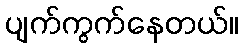
ပျက်ကွက်နေတယ်။